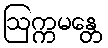
ဩက္ကမန္တေ